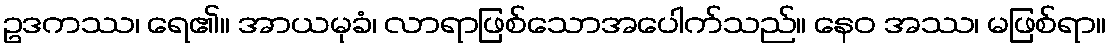
ဥဒကဿ၊ ရေ၏။ အာယမုခံ၊ လာရာဖြစ်သောအပေါက်သည်။ နေဝ အဿ၊ မဖြစ်ရာ။